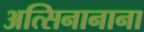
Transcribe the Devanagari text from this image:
अत्सिनानाना